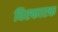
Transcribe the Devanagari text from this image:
विस्‍फारक